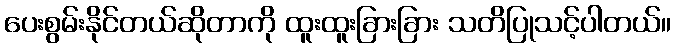
ပေးစွမ်းနိုင်တယ်ဆိုတာကို ထူးထူးခြားခြား သတိပြုသင့်ပါတယ်။